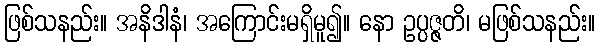
ဖြစ်သနည်း။ အနိဒါနံ၊ အကြောင်းမရှိမူ၍။ နော ဥပ္ပဇ္ဇတိ၊ မဖြစ်သနည်း။